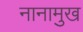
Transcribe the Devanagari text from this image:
नानामुख